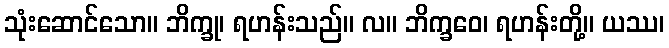
သုံးဆောင်သော။ ဘိက္ခု၊ ရဟန်းသည်။ လ။ ဘိက္ခဝေ၊ ရဟန်းတို့။ ယဿ၊